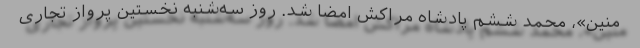
منین»، محمد ششم پادشاه مراکش امضا شد. روز سه‌شنبه نخستین پرواز تجاری